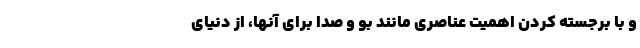
و با برجسته کردن اهمیت عناصری مانند بو و صدا برای آنها، از دنیای